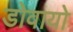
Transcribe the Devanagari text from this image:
डोवायो